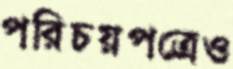
পরিচয়পত্রেও